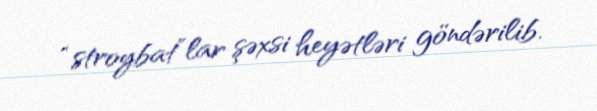
“stroybat”lar şəxsi heyətləri göndərilib.